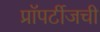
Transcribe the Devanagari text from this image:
प्रॉपर्टीजची